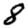
Digit: 8